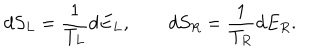
d S _ { L } = { \frac { 1 } { T _ { L } } } d E _ { L } , d S _ { R } = { \frac { 1 } { T _ { R } } } d E _ { R } .